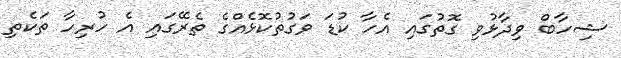
ޝިހާބް ވިދާޅުވި ގޮތުގައި އެހާ ކުޑަ ވަގުތުކޮޅެއްގެ ތެރޭގައި އެ ހުރިހާ ތަކެތި